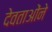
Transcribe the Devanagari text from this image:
देवताओंने